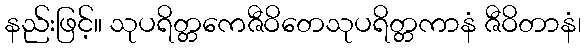
နည်းဖြင့်။ သုပရိတ္တကေဇီဝိတေသုပရိတ္တကာနံ ဇီဝိတာနံ၊